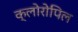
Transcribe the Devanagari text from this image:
क्लोरोपिल